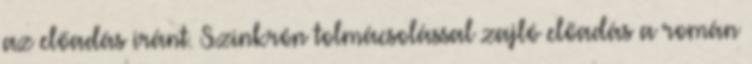
az előadás iránt. Szinkrón tolmácsolással zajló előadás a román